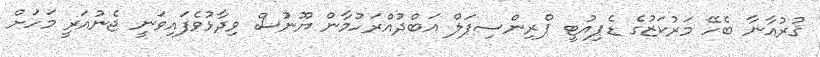
ޤުރުއާނާ ބެހޭ މަރުކަޒުގެ ޑެޕިއުޓީ ޕްރިންސިޕަލް އަބްދުއްރަހުމާން ޔޫނުސް ވިދާޅުވެފައިވަނީ ޖެނުއަރީ މަހަށް